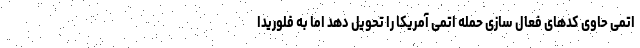
اتمی حاوی کدهای فعال سازی حمله اتمی آمریکا را تحویل دهد اما به فلوریدا